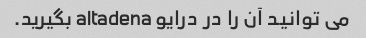
می توانید آن را در درایو altadena بگیرید.